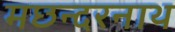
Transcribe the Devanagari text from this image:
मछन्दरनाथ